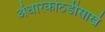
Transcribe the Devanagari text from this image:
अंधारकोठडीसार्खे